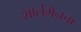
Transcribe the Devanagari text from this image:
शार्लमेनचा